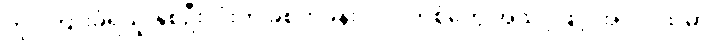
တိုင်ကြားခံရသူ နှစ်ဦးလုံးကို ခွဲစိတ်ခန်းဝင် ဝတ်စုံတွေ အသင့်ဖြင့် အလုပ်ထဲမှာ